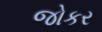
જોકર